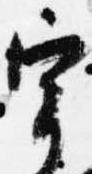
宰